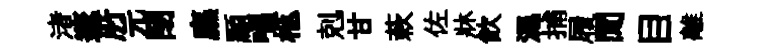
渚邃𠩄元閉廡顯唱柩剋甘蔌佐牀飲濕捕履閒目離